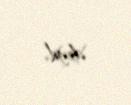
deyil.